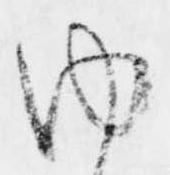
内